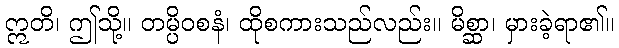
ဣတိ၊ ဤသို့။ တမ္ပိဝစနံ၊ ထိုစကားသည်လည်း။ မိစ္ဆာ၊ မှားခဲ့ရာ၏။